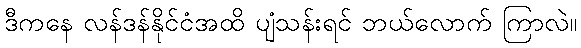
ဒီကနေ လန်ဒန်နိုင်ငံအထိ ပျံသန်းရင် ဘယ်လောက် ကြာလဲ။